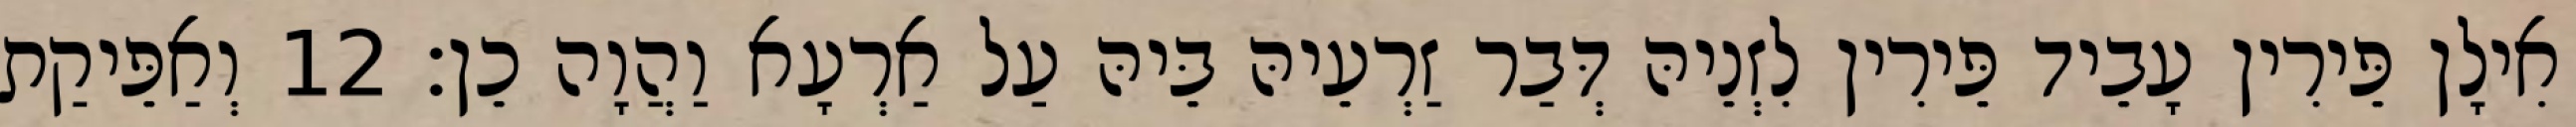
אִילָן פֵּירִין עָבֵיד פֵּירִין לִזְנֵיהּ דְּבַר זַרְעֵיהּ בֵּיהּ עַל אַרְעָא וַהֲוָה כֵן׃ 12 וְאַפֵּיקַת